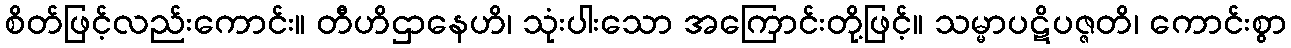
စိတ်ဖြင့်လည်းကောင်း။ တီဟိဌာနေဟိ၊ သုံးပါးသော အကြောင်းတို့ဖြင့်။ သမ္မာပဋိပဇ္ဇတိ၊ ကောင်းစွာ